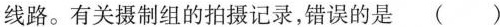
线路。有关摄制组的拍摄记录，错误的是( )